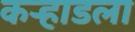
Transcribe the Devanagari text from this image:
कर्‍हाडला